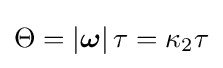
\Theta =\left|{\boldsymbol {\omega }}\right|\tau =\kappa _{2}\tau